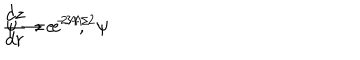
{ \frac { d z } { d r } } = e ^ { 2 A } , \hspace { 1 c m } \psi \rightarrow e ^ { - 3 A / 2 } \psi